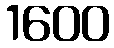
1600